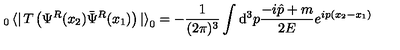
_ 0 \left< \right| T \left( \Psi ^ { R } ( x _ { 2 } ) \bar { \Psi } ^ { R } ( x _ { 1 } ) \right) \left| \right> _ { 0 } = - \frac { 1 } { ( 2 \pi ) ^ { 3 } } \int { \mathrm d } ^ { 3 } p \frac { - i \hat { p } + m } { 2 E } e ^ { i p ( x _ { 2 } - x _ { 1 } ) }